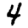
Digit: 4